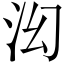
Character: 𬇚